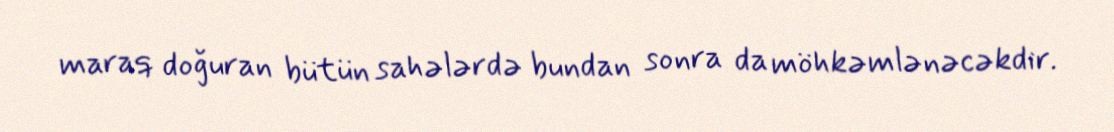
maraq doğuran bütün sahələrdə bundan sonra da möhkəmlənəcəkdir.